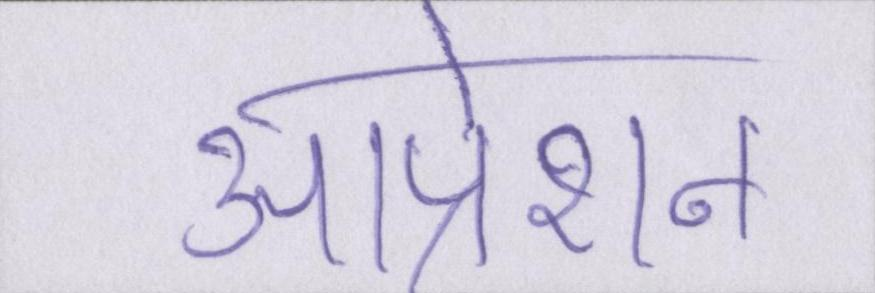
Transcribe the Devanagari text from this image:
आप्रेशन